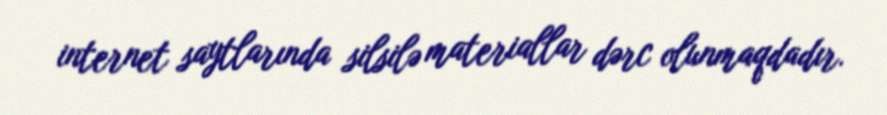
internet saytlarında silsilə materiallar dərc olunmaqdadır.